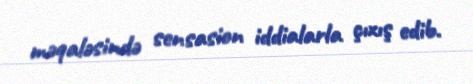
məqaləsində sensasion iddialarla çıxış edib.